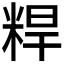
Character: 𬖝